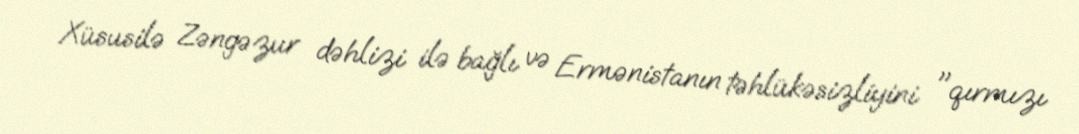
Xüsusilə Zəngəzur dəhlizi ilə bağlı və Ermənistanın təhlükəsizliyini "qırmızı